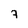
Character: 7